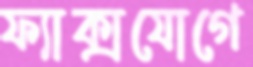
ফ্যাক্সযোগে